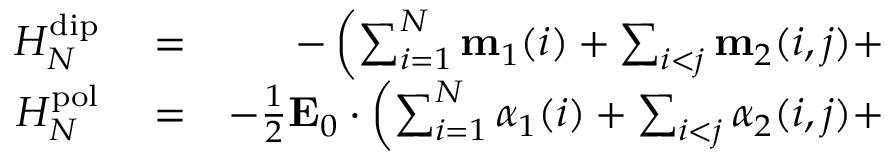
\begin{array} { r l r } { H _ { N } ^ { \mathrm { d i p } } } & { { } = } & { - \left( \sum _ { i = 1 } ^ { N } \mathbf { m } _ { 1 } ( i ) + \sum _ { i < j } \mathbf { m } _ { 2 } ( i , j ) + \right. } \\ { H _ { N } ^ { \mathrm { p o l } } } & { { } = } & { - \frac { 1 } { 2 } \mathbf { E } _ { 0 } \cdot \left( \sum _ { i = 1 } ^ { N } \boldsymbol { \alpha } _ { 1 } ( i ) + \sum _ { i < j } \boldsymbol { \alpha } _ { 2 } ( i , j ) + \right. } \end{array}